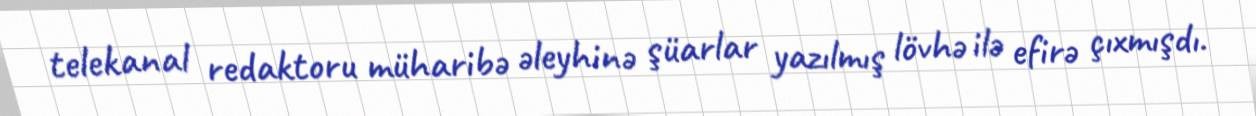
telekanal redaktoru müharibə əleyhinə şüarlar yazılmış lövhə ilə efirə çıxmışdı.